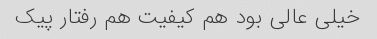
خیلی عالی بود هم کیفیت هم رفتار پیک